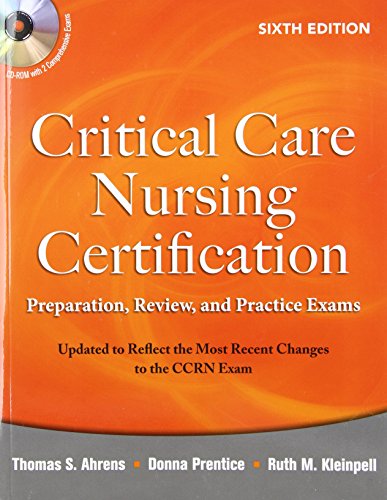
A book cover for Critical Care Nursing Certification: Preparation, Review, and Practice Exams, Sixth Edition (Critical Care Certification (Ahrens)); Thomas Ahrens; Test Preparation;